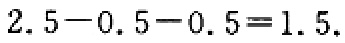
$2.5 - 0.5 - 0.5 = 1.5$.